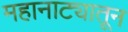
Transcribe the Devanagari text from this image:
महानाट्यातून